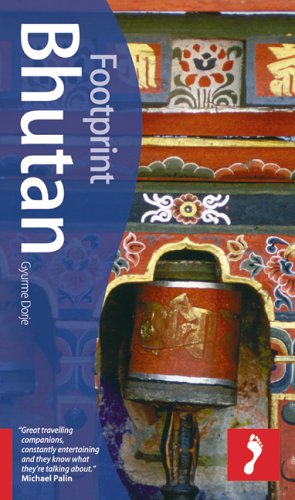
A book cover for Footprint Bhutan (Footprint Bhutan Handbook); Gyurme Dorje; Travel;